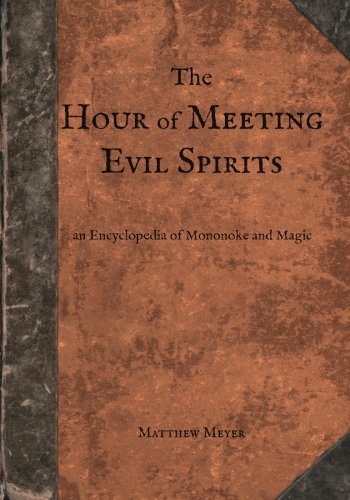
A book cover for The Hour of Meeting Evil Spirits: An Encyclopedia of Mononoke and Magic (Yokai); Matthew Meyer; Literature & Fiction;